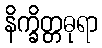
နိက္ခိတ္တဓုရာ